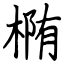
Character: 椭